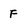
Character: F